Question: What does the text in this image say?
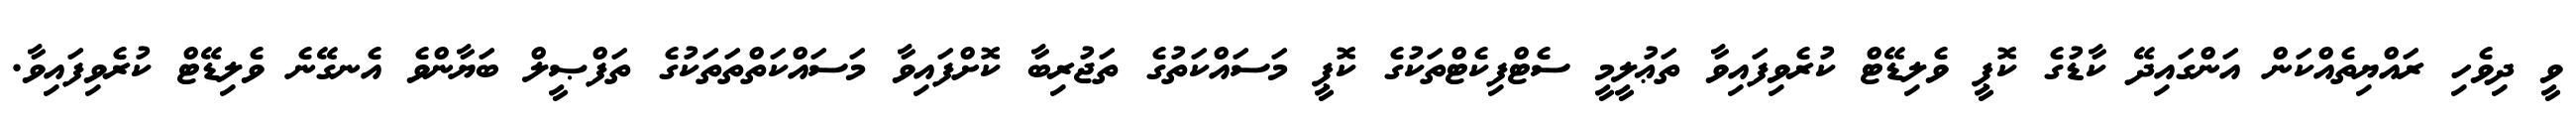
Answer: ވީ ދިވެހި ރައްޔިތެއްކަން އަންގައިދޭ ކާޑުގެ ކޮޕީ ވެލިޑޭޓް ކުރެވިފައިވާ ތަޢުލީމީ ސެޓްފިކެޓްތަކުގެ ކޮޕީ މަސައްކަތުގެ ތަޖުރިބާ ކޮށްފައިވާ މަސައްކަތްތަތަކުގެ ތަފްޞީލް ބަޔާންވެ އެނގޭނެ ވެލިޑޭޓް ކުރެވިފައިވާ.